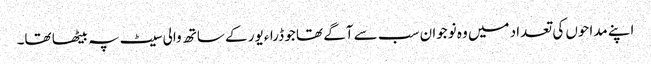
اپنے مداحوں کی تعداد میں وہ نوجوان سب سے آگے تھا جو ڈراءیور کے ساتھ والی سیٹ پہ بیٹھا تھا۔